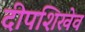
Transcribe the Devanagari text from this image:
दीपशिखेव